Indian journal of veterinary science and animal husbandry - Volume 3,
Year: 1933
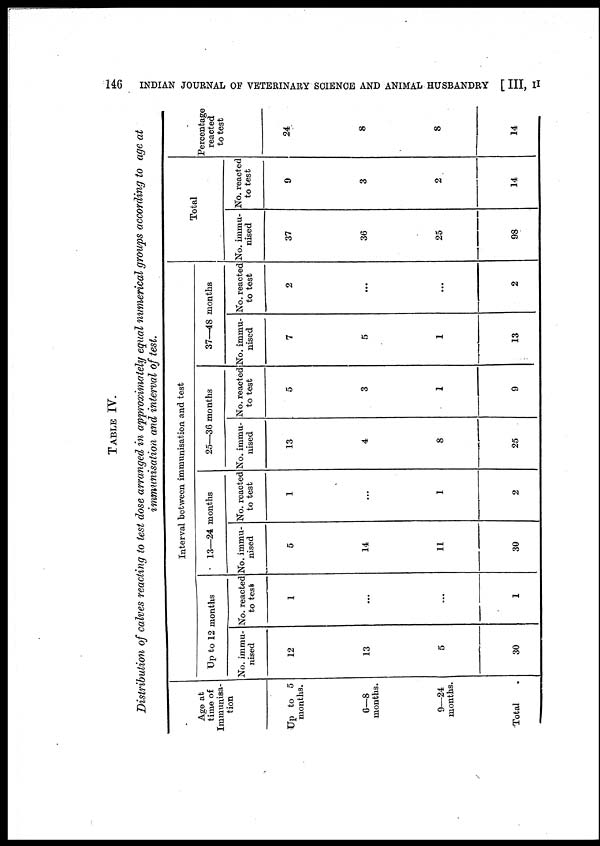
146
INDIAN JOURNAL OF VETERINARY SCIENCE AND ANIMAL HUSBANDRY [ III, II
TABLE IV.
Distribution of calves reacting to test dose arranged in approximately equal numerical groups according to age at
immunisation and interval of test.
Age at
time of
Immunisa-
tion
Up to 5
months.
6—8
months.
9—24
months.
Total .
Up to 12 months
No. immu-
nised
12
13
5
30
No. reacted
to test
1
...
...
1
Interval between immunisation and test
13—24 months
No. immu-
nised
5
14
11
30
No. reacted
to test
1
...
1
2
25—36 months
No. immu-
nised
13
4
8
25
No. reacted
to test
5
3
1
9
37—48 months
No. immu-
nised
7
5
1
13
No. reacted
to test
2
...
...
2
Total
No. immu-
nised
37
36
25
98
No. reacted
to test
9
3
2
14
Percentage
reacted
to test
24
8
8
14